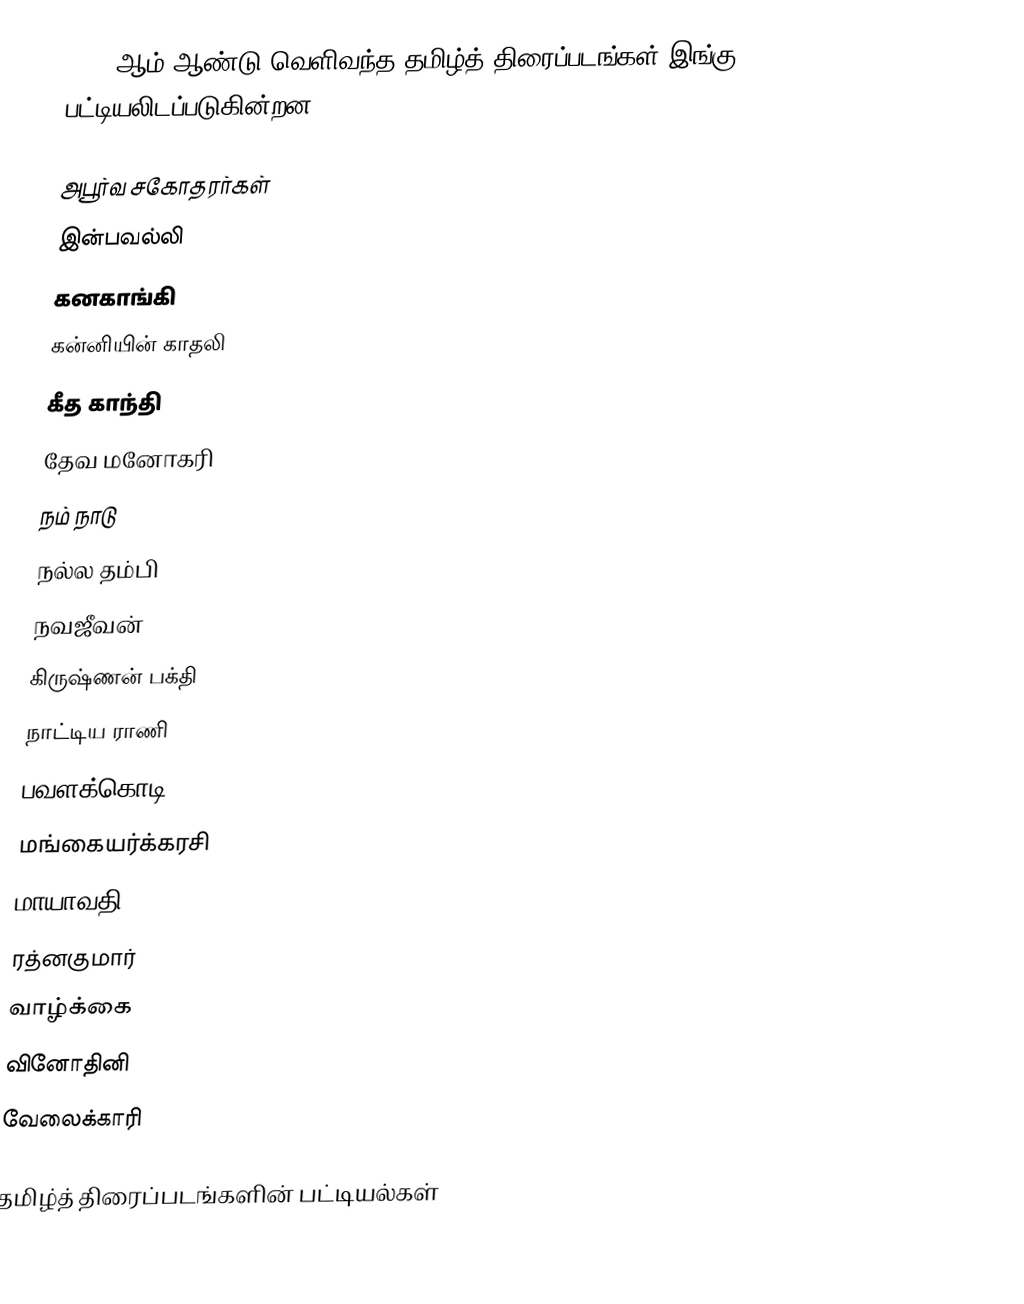
1949 ஆம் ஆண்டு வெளிவந்த தமிழ்த் திரைப்படங்கள் இங்கு பட்டியலிடப்படுகின்றன.

 அபூர்வ சகோதரர்கள்
 இன்பவல்லி
 கனகாங்கி
 கன்னியின் காதலி
 கீத காந்தி
 தேவ மனோகரி
 நம் நாடு
 நல்ல தம்பி
 நவஜீவன்
 கிருஷ்ணன் பக்தி
 நாட்டிய ராணி
 பவளக்கொடி
 மங்கையர்க்கரசி
 மாயாவதி
 ரத்னகுமார்
 வாழ்க்கை
 வினோதினி
 வேலைக்காரி

தமிழ்த் திரைப்படங்களின் பட்டியல்கள்